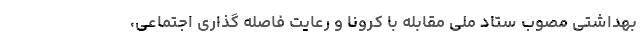
بهداشتی مصوب ستاد ملی مقابله با کرونا و رعایت فاصله گذاری اجتماعی،